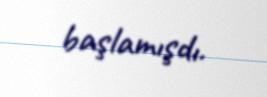
başlamışdı.